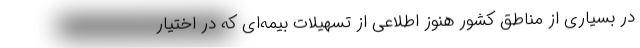
در بسیاری از مناطق کشور هنوز اطلاعی از تسهیلات بیمه‌ای که در اختیار